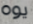
يوه